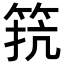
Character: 𮅑